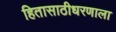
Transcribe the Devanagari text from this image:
हितासाठीधरणाला